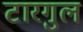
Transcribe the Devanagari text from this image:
टारगुल